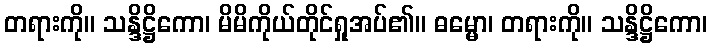
တရားကို။ သန္ဒိဋ္ဌိကော၊ မိမိကိုယ်တိုင်ရှုအပ်၏။ ဓမ္မော၊ တရားကို။ သန္ဒိဋ္ဌိကော၊